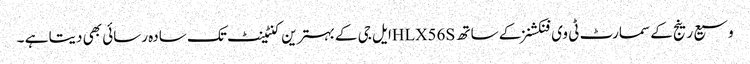
وسیع رینج کے سمارٹ ٹی وی فنکشنز کے ساتھ HLX56Sایل جی کے بہترین کنٹینٹ تک سادہ رسائی بھی دیتا ہے ۔